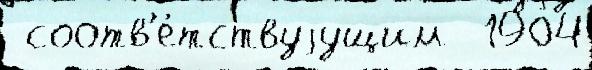
 соотв'е́тствуjущим  1904